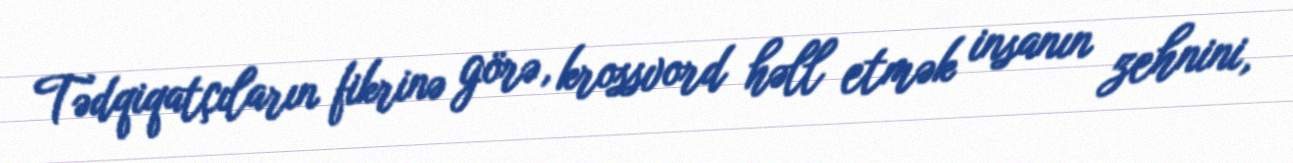
Tədqiqatçıların fikrinə görə, krossvord həll etmək insanın zehnini,